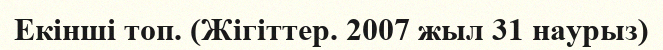
Екінші топ. (Жігіттер. 2007 жыл 31 наурыз)